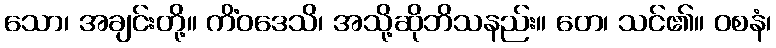
သော၊ အချင်းတို့။ ကိံဝဒေသိ၊ အသို့ဆိုဘိသနည်း။ တေ၊ သင်၏။ ဝစနံ၊